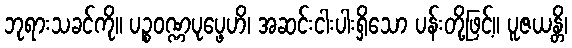
ဘုရားသခင်ကို။ ပဉ္စဝဏ္ဏပုပ္ဖေဟိ၊ အဆင်းငါးပါးရှိသော ပန်းတို့ဖြင့်။ ပူဇယန္တိ၊